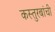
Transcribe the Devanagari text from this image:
कस्तुरबांची